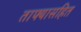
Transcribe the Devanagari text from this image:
ताफ्यासहित